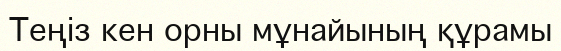
Теңіз кен орны мұнайының құрамы